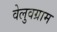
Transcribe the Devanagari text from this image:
वेलुवग्राम